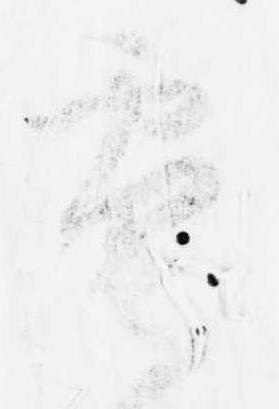
電